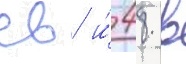
св и́ 48 в